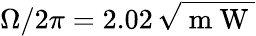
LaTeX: \Omega/2\pi=2.02\, \sqrt{\mathrm{~m~W~}}